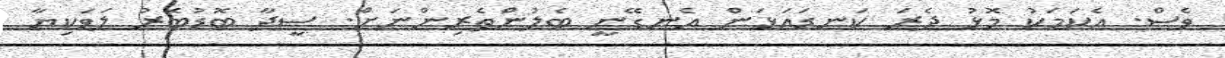
ވެސް. އެކަމަކު މޮޅު ދެރަ ކަނޑައަޅަން އެނގޭނީ ބެލުންތެރިންނަށް. ސީދާ ބޮޑުބެރު ލަވަކިޔާ